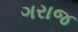
ગરાજ